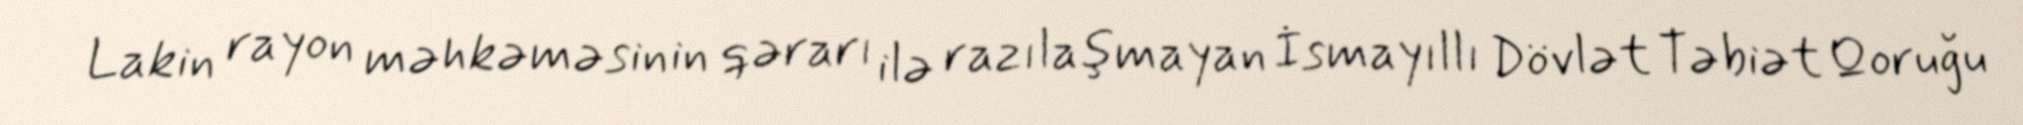
Lakin rayon məhkəməsinin qərarı ilə razılaşmayan İsmayıllı Dövlət Təbiət Qoruğu